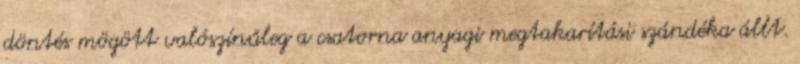
döntés mögött valószínűleg a csatorna anyagi megtakarítási szándéka állt.